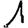
Digit: 1